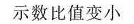
示数比值变小